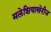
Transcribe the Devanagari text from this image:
मलेशियाखेरीज